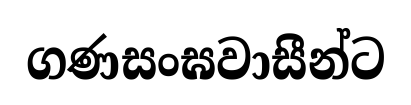
ගණසංඝවාසීන්ට